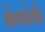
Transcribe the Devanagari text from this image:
ग्रेकोर्क